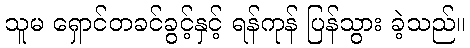
သူမ ရှောင်တခင်ခွင့်နှင့် ရန်ကုန် ပြန်သွား ခဲ့သည်။